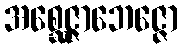
အစ္ဆေဇ္ဇာဘေဇ္ဇော